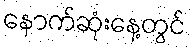
နောက်ဆုံးနေ့တွင်